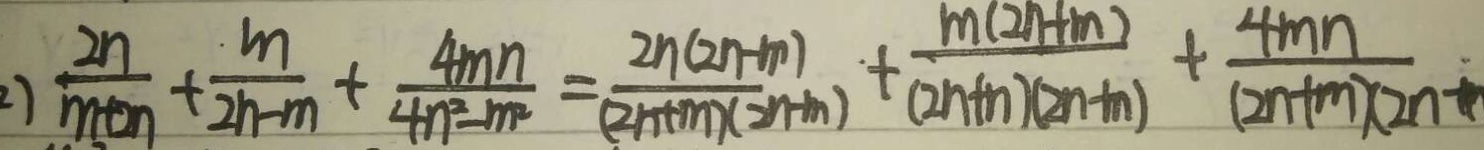
) \frac { 2 x } { m + n } + \frac { m } { 2 n - m } + \frac { 4 m n } { 4 n ^ { 2 } - m ^ { 2 } } = \frac { 2 n ( 2 n - m ) } { ( 2 n + m ) ( 2 n - m ) } + \frac { m ( 2 n + m ) } { ( 2 m + n ) ( 2 n - m ) } + \frac { 4 m n } { ( 2 n + m ) ( 2 n + }